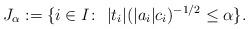
LaTeX: \begin{align*}J_{\alpha}:=\{i\in I\colon\ |t_i|(|a_i|c_{i})^{-1/2}\leq \alpha\}. \end{align*}